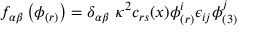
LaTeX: f _ { \alpha \beta } \left( \phi _ { ( r ) } \right) = \delta _ { \alpha \beta } ~ \kappa ^ { 2 } c _ { r s } ( x ) \phi _ { ( r ) } ^ { i } \epsilon _ { i j } \phi _ { ( 3 ) } ^ { j }